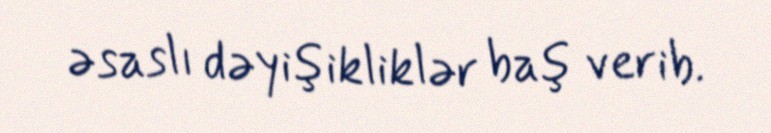
əsaslı dəyişikliklər baş verib.